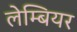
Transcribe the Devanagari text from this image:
लेम्बियर